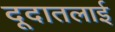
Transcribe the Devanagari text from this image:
दूदातलाई